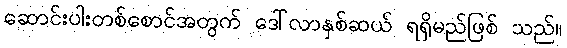
ဆောင်းပါးတစ်စောင်အတွက် ဒေါ်လာနှစ်ဆယ် ရရှိမည်ဖြစ် သည်။